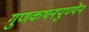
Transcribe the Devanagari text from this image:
गुणकथनपुण्येन